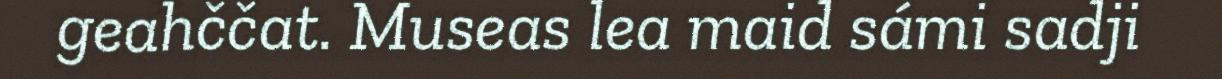
geahččat. Museas lea maid sámi sadji